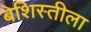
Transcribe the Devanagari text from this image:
बेशिस्तीला